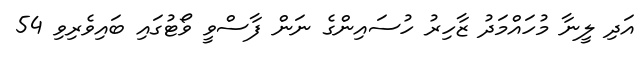
އަދި ލީނާ މުހައްމަދު ޒާހިރު ހުސައިންގެ ނަން ފާސްވީ ވޯޓުގައި ބައިވެރިވި 54